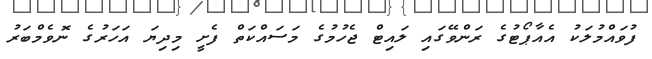
ފުވައްމުލަކު އެއާޕޯޓުގެ ރަންވޭގައި ލައިޓް ޖެހުމުގެ މަސައްކަތް ފެށީ މިދިޔަ އަހަރުގެ ނޮވެމްބަރު